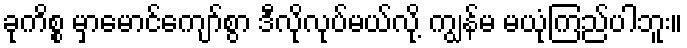
ခုကိစ္စ မှာမောင်ကျော်စွာ ဒီလိုလုပ်မယ်လို့ ကျွန်မ မယုံကြည်ပါဘူး။